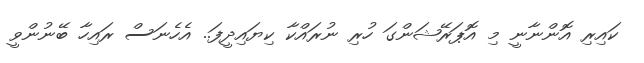
ކައިރި އޮންނާނީ މި އޮޕަރޭޝަންގަ ހުރި ނުރައްކާ ކިޔައިދީފަ.. އެހެނަސް ރައިހާ ބޭނުންވީ